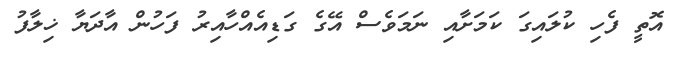
އޮތީ ފެހި ކުލައިގަ ކަމަށާއި ނަމަވެސް އޭގެ ގަޑިއެއްހާއިރު ފަހުން އާދަޔާ ޚިލާފު